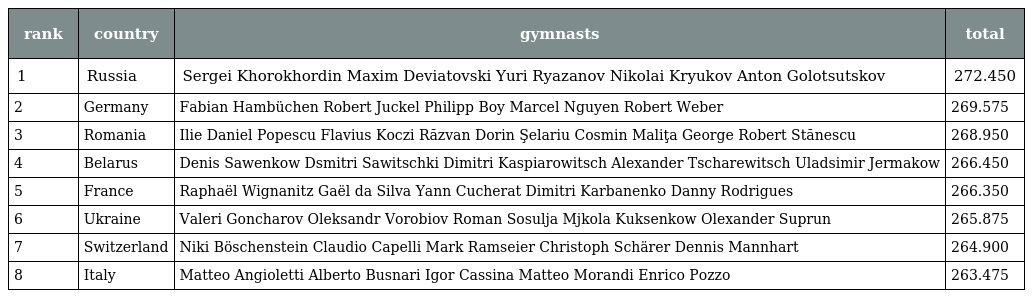
| rank | country | gymnasts | total |
 | --- | --- | --- | --- |
 | 1 | Russia | Sergei Khorokhordin Maxim Deviatovski Yuri Ryazanov Nikolai Kryukov Anton Golotsutskov | 272.450 |
 | 2 | Germany | Fabian Hambüchen Robert Juckel Philipp Boy Marcel Nguyen Robert Weber | 269.575 |
 | 3 | Romania | Ilie Daniel Popescu Flavius Koczi Răzvan Dorin Şelariu Cosmin Maliţa George Robert Stănescu | 268.950 |
 | 4 | Belarus | Denis Sawenkow Dsmitri Sawitschki Dimitri Kaspiarowitsch Alexander Tscharewitsch Uladsimir Jermakow | 266.450 |
 | 5 | France | Raphaël Wignanitz Gaël da Silva Yann Cucherat Dimitri Karbanenko Danny Rodrigues | 266.350 |
 | 6 | Ukraine | Valeri Goncharov Oleksandr Vorobiov Roman Sosulja Mjkola Kuksenkow Olexander Suprun | 265.875 |
 | 7 | Switzerland | Niki Böschenstein Claudio Capelli Mark Ramseier Christoph Schärer Dennis Mannhart | 264.900 |
 | 8 | Italy | Matteo Angioletti Alberto Busnari Igor Cassina Matteo Morandi Enrico Pozzo | 263.475 |